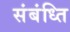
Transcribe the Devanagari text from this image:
संबंध्ति